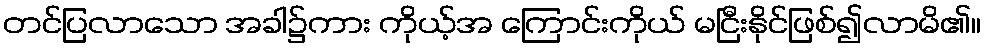
တင်ပြလာသော အခါ၌ကား ကိုယ့်အ ကြောင်းကိုယ် မငြီးနိုင်ဖြစ်၍လာမိ၏။